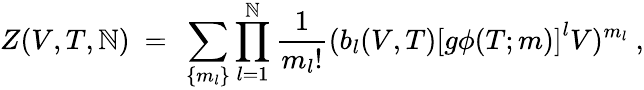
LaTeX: Z(V,T,\mathbb{N})~=~\sum_{\{ m_{l}\} }\prod_{l=1}^{\mathbb{N}}\frac{{1}}{{m_{l}!}}(b_{l}(V,T)\left[g\phi(T;m)\right]^{l}V)^{m_{l}}~,